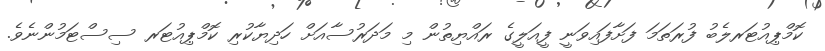
ކޮމްޕިއުޓަރލެބު ފުރަތަމަ ފަށާފައިވަނީ ފީއަލީގެ ރައްޔިތުން މި މަދަރުސާއަށް ހަދިޔާކުރި ކޮމްޕިއުޓަރ ސިސްޓަމުންނެވެ.